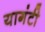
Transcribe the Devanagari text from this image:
यागंटी